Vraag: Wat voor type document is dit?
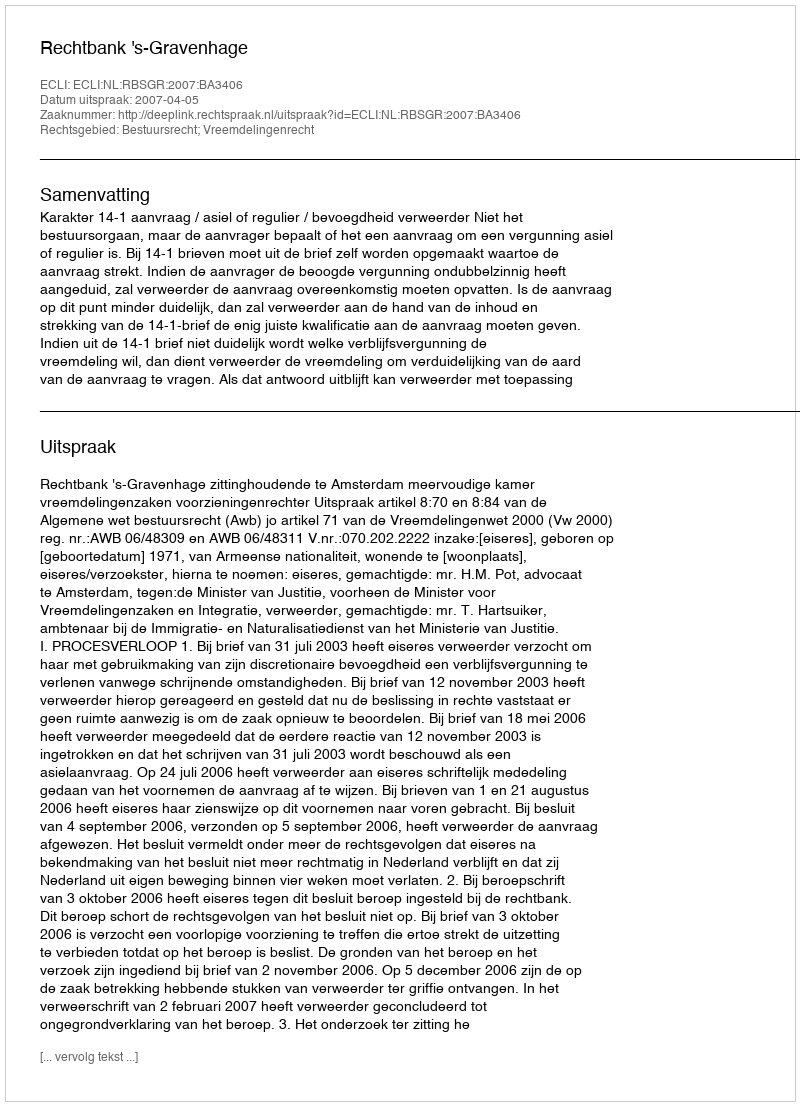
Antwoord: Uitspraak